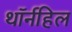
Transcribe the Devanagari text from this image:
थॉर्नहिल